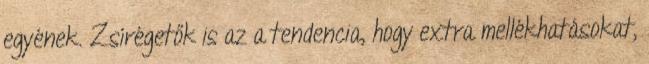
egyének. Zsírégetők is az a tendencia, hogy extra mellékhatásokat,